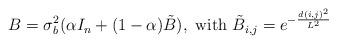
LaTeX: \begin{align*}\displaystyle{B=\sigma_b^2(\alpha I_n+(1-\alpha) \tilde{B}),\mbox{ with }\tilde{B}_{i,j}= e^{-\frac{d(i,j)^2}{L^2}}}\end{align*}